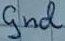
Text: Gnd